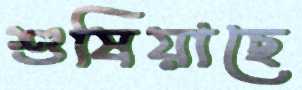
শুষিয়াছে